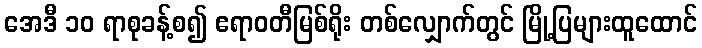
အေဒီ ၁၀ ရာစုခန့်စ၍ ဧရာဝတီမြစ်ရိုး တစ်လျှောက်တွင် မြို့ပြများထူထောင်